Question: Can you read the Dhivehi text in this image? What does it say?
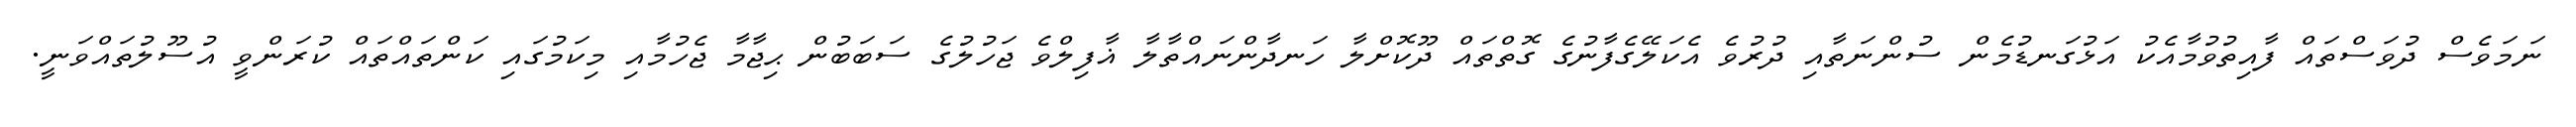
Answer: ނަމަވެސް ދުވަސްތައް ފާއިތުވުމާއެކު އަޅުގަނޑުމެން ސުންނަތާއި ދުރުވެ އެކަލޭގެފާނުގެ ގޮތްތައް ދޫކޮށްލާ ހަނދާންނައްތާލާ ޣާފިލްވެ ޖަހުލުގެ ސަބަބުން ޙިޖާމާ ޖެހުމާއި މިކަމުގައި ކަންތައްތައް ކުރަންވީ އުސޫލުތައްވަނީ.